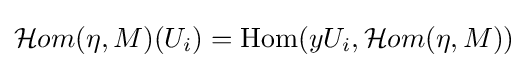
{\mathcal {H}}om(\eta ,M)(U_{i})=\operatorname {Hom} (yU_{i},{\mathcal {H}}om(\eta ,M))